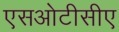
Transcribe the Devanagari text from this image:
एसओटीसीए